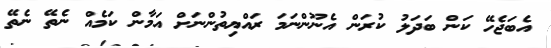
އެބަޖެހޭ ކަން ބަދަލު ކުރަން އެނޫންނަމަ ރައްޔިތުންނަށް އަމާން ކަމެއް ނެތޭ ނެތޭ